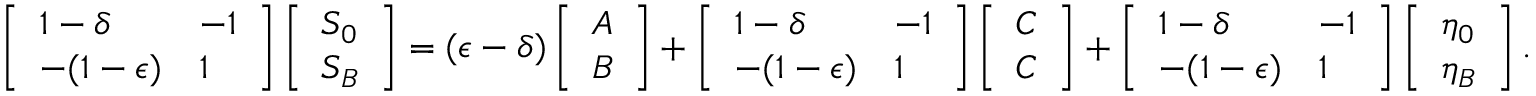
\left[ \begin{array} { l l } { 1 - \delta } & { - 1 } \\ { - ( 1 - \epsilon ) } & { 1 } \end{array} \right] \left[ \begin{array} { l } { S _ { 0 } } \\ { S _ { B } } \end{array} \right] = ( \epsilon - \delta ) \left[ \begin{array} { l } { A } \\ { B } \end{array} \right] + \left[ \begin{array} { l l } { 1 - \delta } & { - 1 } \\ { - ( 1 - \epsilon ) } & { 1 } \end{array} \right] \left[ \begin{array} { l } { C } \\ { C } \end{array} \right] + \left[ \begin{array} { l l } { 1 - \delta } & { - 1 } \\ { - ( 1 - \epsilon ) } & { 1 } \end{array} \right] \left[ \begin{array} { l } { \eta _ { 0 } } \\ { \eta _ { B } } \end{array} \right] .